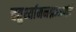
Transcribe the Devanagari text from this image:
चतुर्थ्यामनश्नञ्जपति